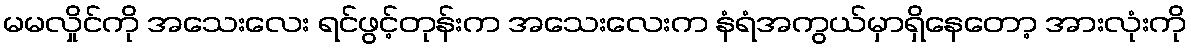
မမလှိုင်ကို အသေးလေး ရင်ဖွင့်တုန်းက အသေးလေးက နံရံအကွယ်မှာရှိနေတော့ အားလုံးကို